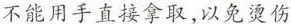
不能用手直接拿取，以免烫伤